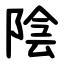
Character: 陰